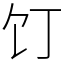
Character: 饤